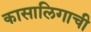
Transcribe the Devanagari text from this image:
कासालिगाची